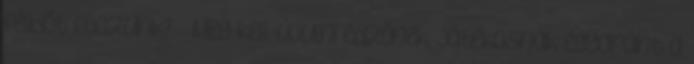
félidőt focizunk?” „Meg kell újulni edzőnek, játékosnak egyaránt a